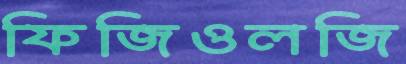
ফিজিওলজি